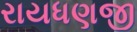
રાયધણજી